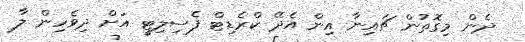
ދެން މިގޮތުން ޗައިނާ އިން އެދޭ ކްރެޑިޓް ފެސިލިޓީ އަށް ދިވެހިން ލާ